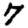
Digit: 7